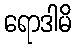
ရောဒါမိ